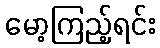
မော့ကြည့်ရင်း